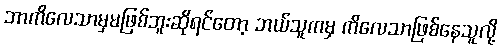
ဘာကိလေသာမှမဖြစ်ဘူးဆိုရင်တော့ ဘယ်သူကမှ ကိလေသာဖြစ်နေသူလို့